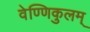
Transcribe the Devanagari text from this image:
वेण्णिकुलम्